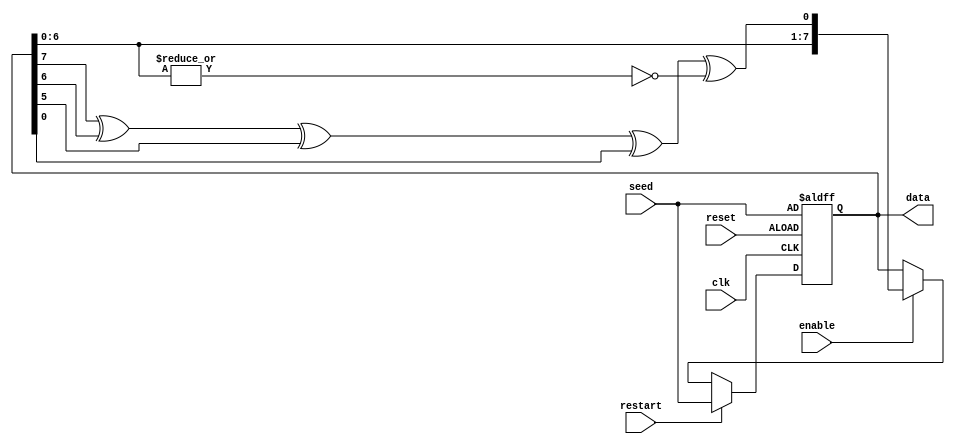
/*
 * This file was generated by the scsynth tool, and is available for use under
 * the MIT license. More information can be found at
 * https://github.com/arminalaghi/scsynth/
 */
module stochLFSR8bit(//Linear feedback shift register
	input [7:0] seed, //Initial value
	output [7:0] data, //Current value
	input enable, //When on, new state every clock cycle
	input restart, //Restart the LFSR at its seed state

	input reset,
	input clk
);

	reg [7:0] shift_reg;
	wire shift_in;

	always @(posedge clk or posedge reset) begin
		if (reset) shift_reg <= seed;
		else if (restart) shift_reg <= seed;
		else if (enable) shift_reg <= {shift_reg[6:0], shift_in};
	end


	wire xor_out;
	assign xor_out = shift_reg[7] ^ shift_reg[6] ^ shift_reg[5] ^ shift_reg[0];

	wire zero_detector;
	assign zero_detector = ~(|(shift_reg[6:0]));
	assign shift_in = xor_out ^ zero_detector;


	assign data = shift_reg;
endmodule